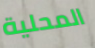
المحلية